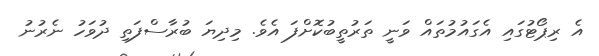
އެ ރިޕޯޓުގައި އެގައުމުތައް ވަނީ ތަރުތީބުކޮށްފަ އެވެ. މިދިޔަ ބުރާސްފަތި ދުވަހު ނެރުނު